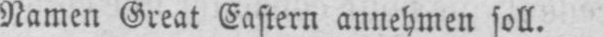
Namen Great Eastern annehmen soll.